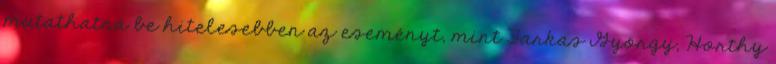
mutathatná be hitelesebben az eseményt, mint Farkas György, Horthy